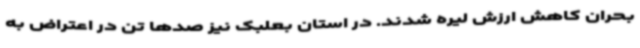
بحران کاهش ارزش لیره شدند. در استان بعلبک نیز صدها تن در اعتراض به